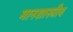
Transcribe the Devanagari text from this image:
मानशास्त्रीय